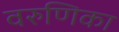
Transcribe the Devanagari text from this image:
वरुणिका